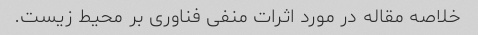
خلاصه مقاله در مورد اثرات منفی فناوری بر محیط زیست.